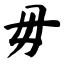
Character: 毋